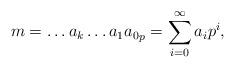
LaTeX: \begin{align*}m={\dots a_{k} \dots a_1 a_0}_p=\sum_{i=0}^{\infty} a_i p^i,\end{align*}